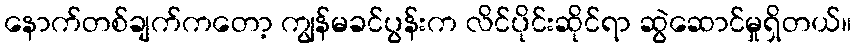
နောက်တစ်ချက်ကတော့ ကျွန်မခင်ပွန်းက လိင်ပိုင်းဆိုင်ရာ ဆွဲဆောင်မှုရှိတယ်။